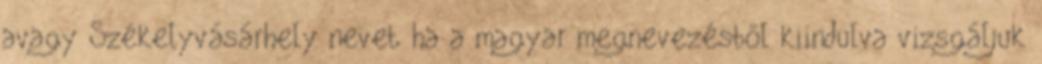
avagy Székelyvásárhely nevet ha a magyar megnevezésből kiindulva vizsgáljuk